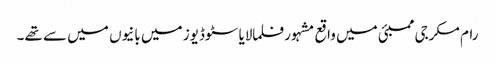
رام مکرجی ممبئی میں واقع مشہور فلمالایا سٹوڈیوز میں بانیوں میں سے تھے۔